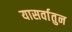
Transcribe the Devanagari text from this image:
यासर्वातुन